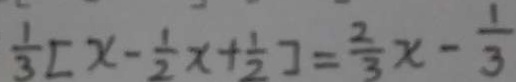
\frac { 1 } { 3 } [ x - \frac { 1 } { 2 } x + \frac { 1 } { 2 } ] = \frac { 2 } { 3 } x - \frac { 1 } { 3 }